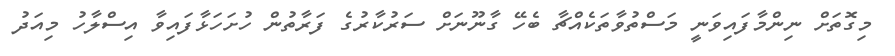
މިގޮތަށް ނިންމާފައިވަނީ މަސްތުވާތަކެއްޗާ ބެހޭ ގާނޫނަށް ސަރުކާރުގެ ފަރާތުން ހުށަހަޅާފައިވާ އިސްލާހު މިއަދު